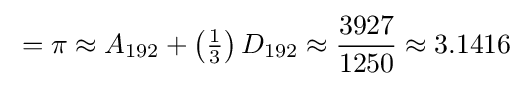
{}=\pi \approx A_{192}+\left({\tfrac {1}{3}}\right)D_{192}\approx {3927 \over 1250}\approx 3.1416